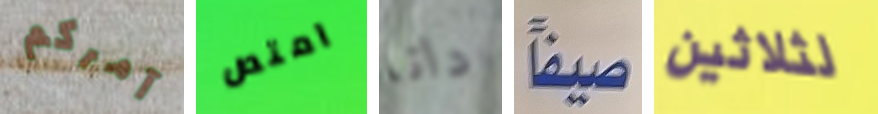
آمركم امتص دانا صيفاً لثلاثين